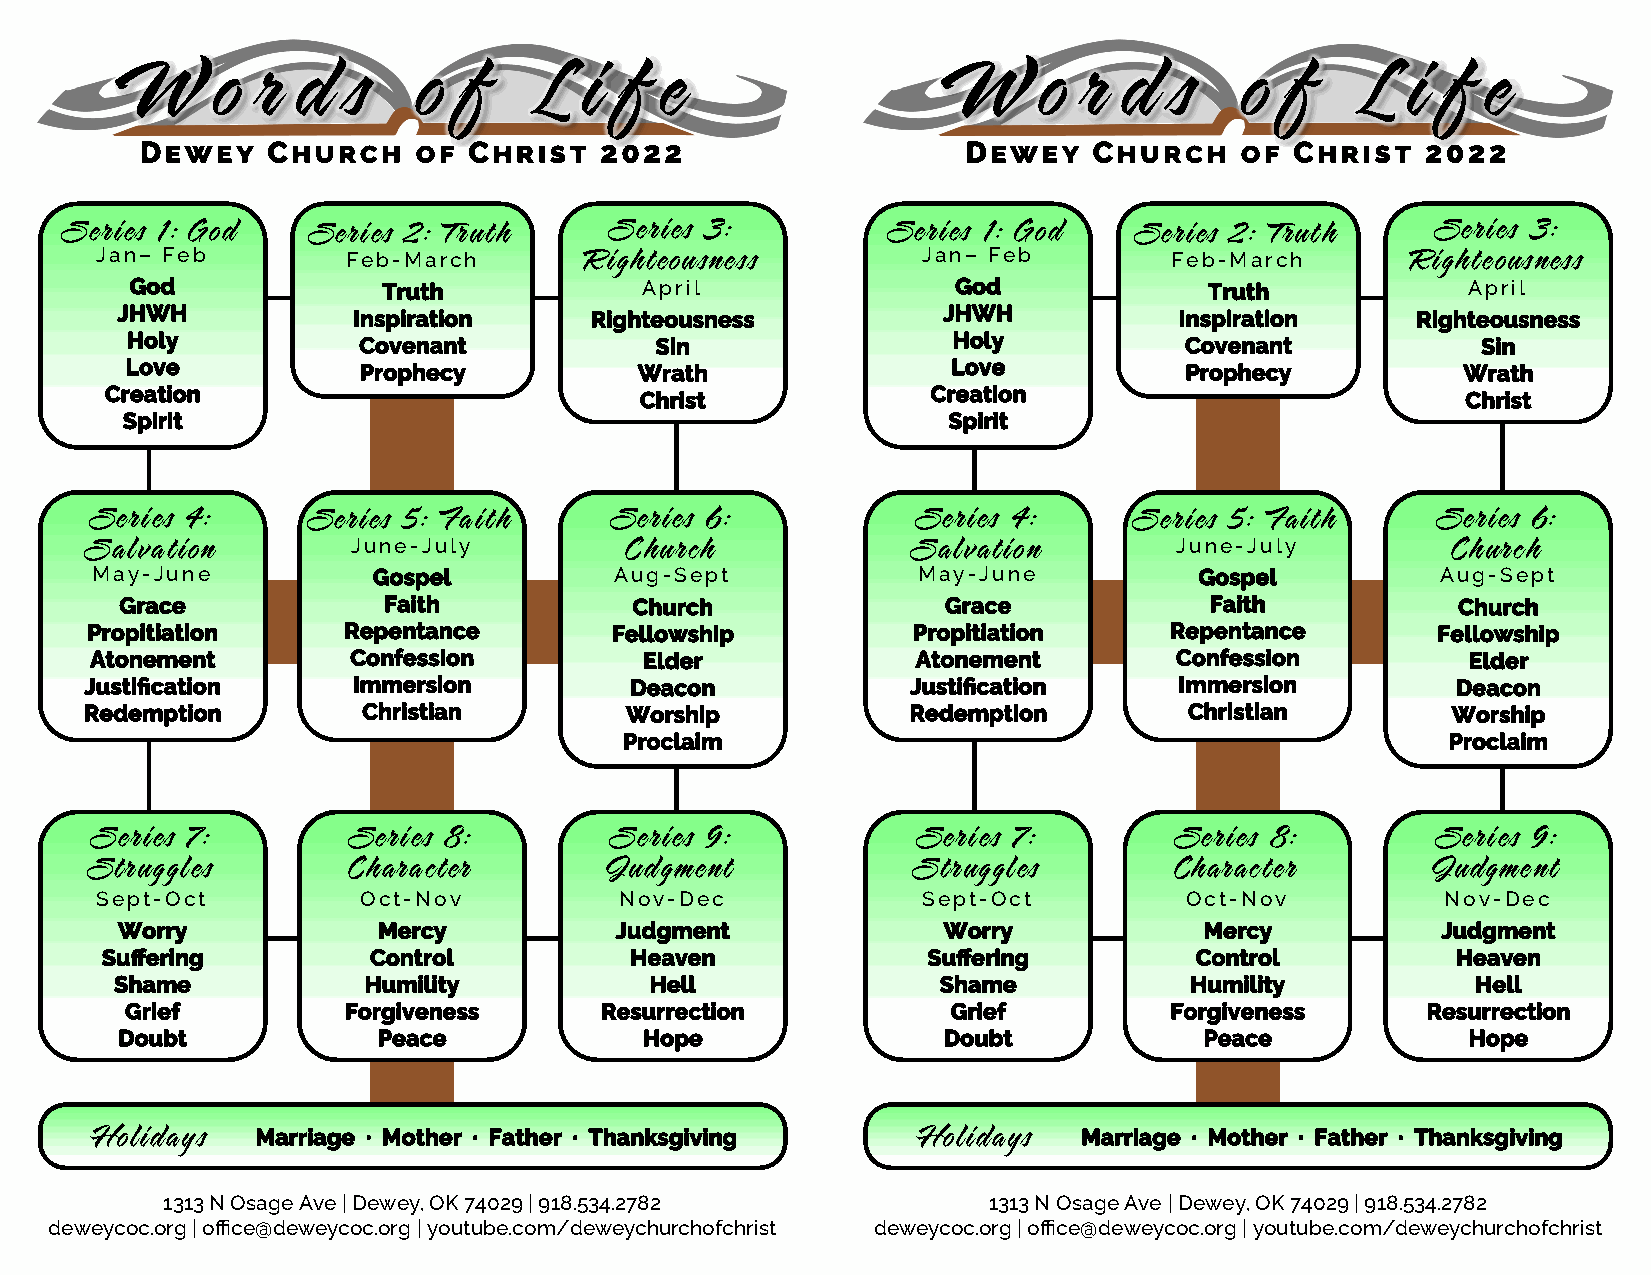
W     o  r  d  s    o  f    L  i f  e                  W     o  r d   s   o  f    L  i  f  e
 Dewey    Church    of Christ   2022                    Dewey   Church    of  Christ  2022
 Series 1: God    Series 2: Truth    Series 3:          Series 1: God   Series 2: Truth     Series 3:
 Jan– Feb         Feb-March       Righteousness         Jan– Feb         Feb-March      Righteousness
 God             Truth             April               God              Truth            April
 JHW H          Inspiration     Righteousness          JHW H           Inspiration     Righteousness
 Holy            Covenant           Sin                 Holy           Covenant            Sin
 Love            Prophecy          Wrath                Love           Prophecy           Wrath
 Creation                                               Creation
 Christ                                                 Christ
 Spirit                                                 Spirit
 Series 4:     Series 5: Faith     Series 6:            Series 4:     Series 5: Faith     Series 6:
 Salvation        June-July         Church             Salvation         June-July         Church
 May-June           Gospel          Aug-Sept            May-June          Gospel          Aug-Sept
 Grace            Faith            Church               Grace            Faith           Church
 Propitiation     Repentance       Fellowship          Propitiation     Repentance        Fellowship
 Atonement        Confession          Elder             Atonement        Confession         Elder
 Justific ation   Immersion          Deacon            Justific ation    Immersion         Deacon
 Redemption        Christian        Worship            Redemption         Christian        Worship
 Proclaim                                               Proclaim
 Series 7:        Series 8:        Series 9:            Series 7:        Series 8:        Series 9:
 Struggles        Character        Judgment            Struggles         Character        Judgment
 Sept-Oct          Oct-Nov          Nov-Dec             Sept-Oct         Oct-Nov           Nov-Dec
 Worry            Mercy           Judgment             Worry             Mercy          Judgment
 Suffe ring       Control           Heaven             Suffe ring        Control          Heaven
 Shame           Humility           Hell               Shame            Humility           Hell
 Grief          Forgiveness      Resurrection           Grief         Forgiveness      Resurrection
 Doubt            Peace             Hope               Doubt             Peace            Hope
 Holidays   Marriage ∙ Mother ∙ Father ∙ Thanksgiving   Holidays   Marriage ∙ Mother ∙ Father ∙ Thanksgiving
 1313 N Osage Ave | Dewey, OK 74029 | 918.534.2782     1313 N Osage Ave | Dewey, OK 74029 | 918.534.2782
 deweycoc.org | office@deweycoc.org | youtube.com/deweychurchofchrist deweycoc.org | office@deweycoc.org | youtube.com/deweychurchofchrist